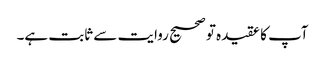
آپ کا عقیدہ تو صحیح روایت سے ثابت ہے۔